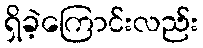
ရှိခဲ့ကြောင်းလည်း